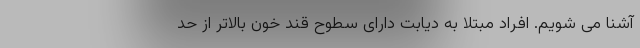
آشنا می شویم. افراد مبتلا به دیابت دارای سطوح قند خون بالاتر از حد